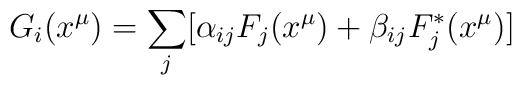
G_i ( x^{\mu} ) = \sum_j [ \alpha_{ij} F_j( x^{\mu} ) + \beta_{ij}F_j^* (x^{\mu}) ]